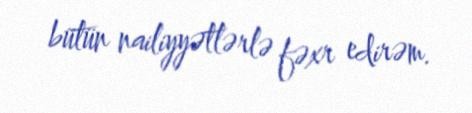
bütün nailiyyətlərlə fəxr edirəm.